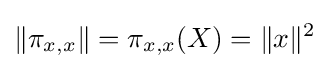
\left\|\pi _{x,x}\right\|=\pi _{x,x}(X)=\|x\|^{2}